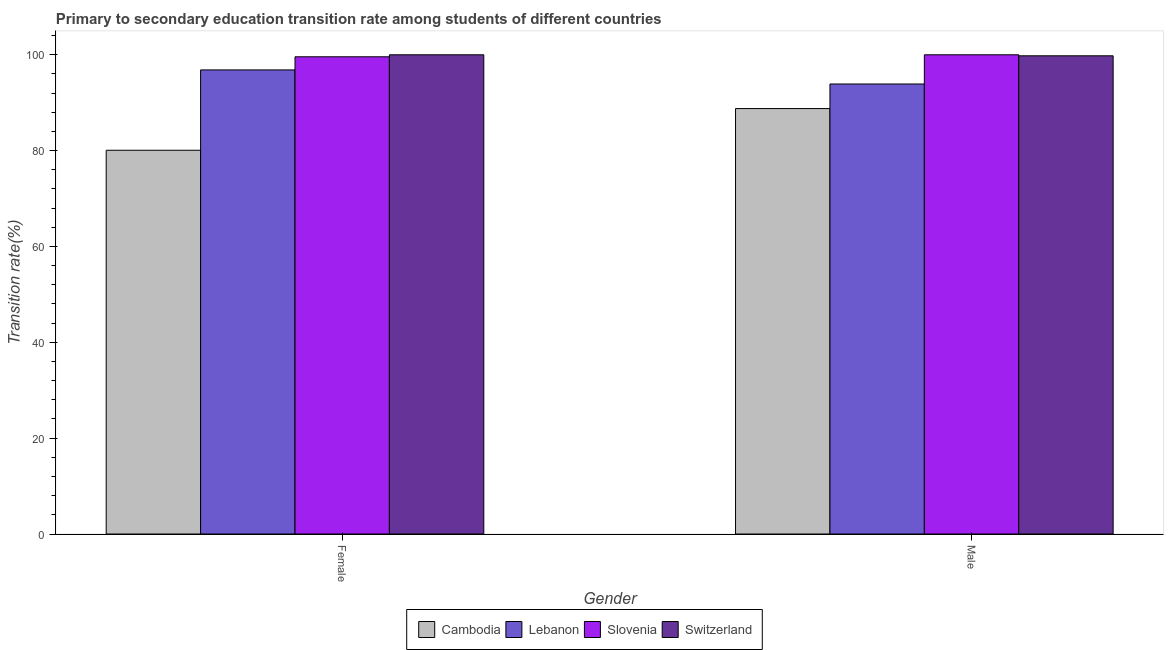
| Gender | Cambodia | Lebanon | Slovenia | Switzerland |
 | --- | --- | --- | --- | --- |
 | Female | 80.1 | 96.8 | 99.6 | 100 |
 | Male | 88.8 | 93.9 | 100 | 99.8 |